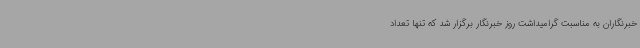
خبرنگاران به مناسبت گرامیداشت روز خبرنگار برگزار شد که تنها تعداد